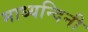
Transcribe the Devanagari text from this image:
माध्यन्दिनी